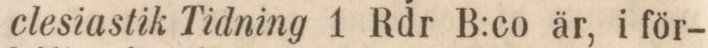
clesiastik Tidning 1 Rdr B:co är, i för-